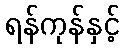
ရန်ကုန်နှင့်